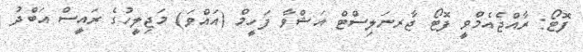
ފޮޓޯ: ރާއްޖެއެމްވީ ފޮޓޯ ޖާރނަލިސްޓް އަޝްވާ ފަހީމް (އައްވަ) މަޖިލީހުގެ ރައީސް އަބްދު